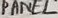
Text: PANEL